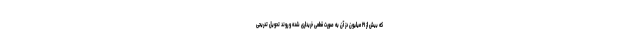
که بیش از ۲۱ میلیون دز آن به صورت قطعی خریداری شده و روند تحویل تدریجی